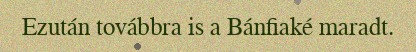
Ezután továbbra is a Bánfiaké maradt.